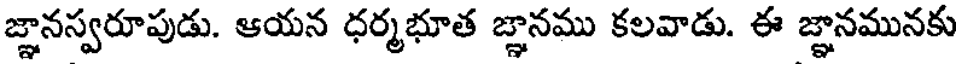
జ్ఞానస్వరూపుడు. ఆయన ధర్మభూత జ్ఞానము కలవాడు. ఈ జ్ఞానమునకు